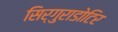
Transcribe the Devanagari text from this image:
सिर्गुराडोटिर